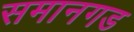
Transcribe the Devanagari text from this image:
समानगड